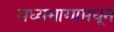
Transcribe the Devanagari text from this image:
मध्यभागामधून